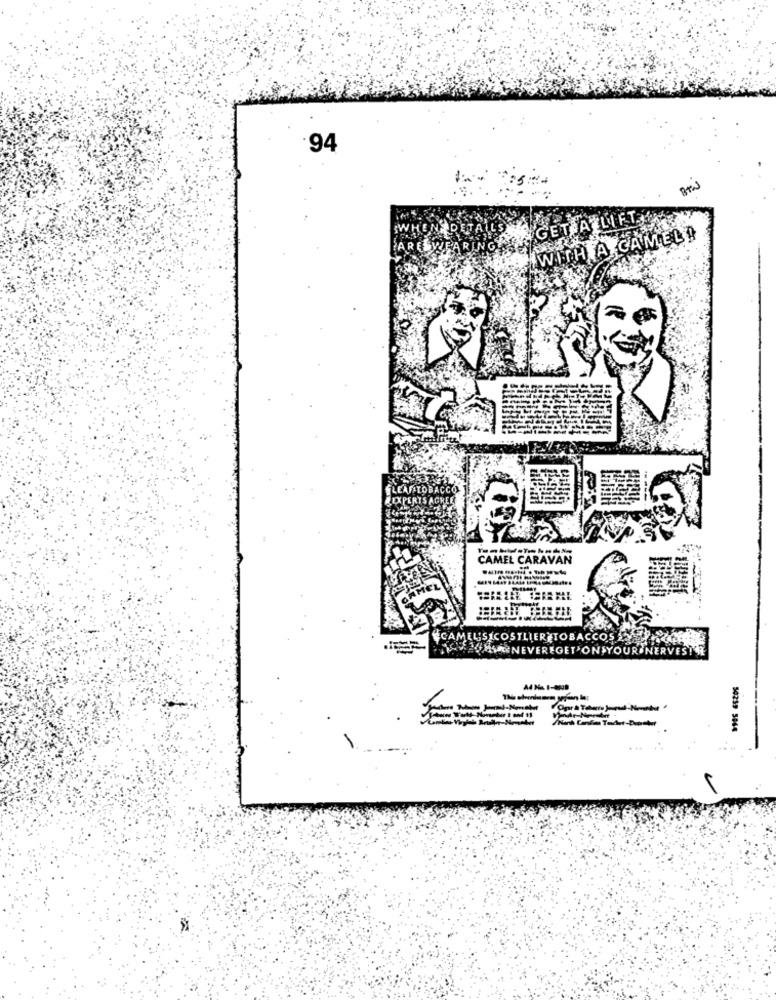
.94
WEARINGALL, GET ATUIFLY
NEDETALL
WITH A CAMEL!
CAMEL CARAVAN
CAMEL
CAMELSICOSTLIER TOBACO
WASMACHINEVEREGET ON YOUR NERVES
54259 5064